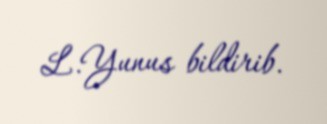
L.Yunus bildirib.